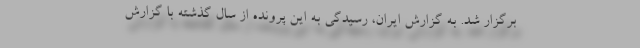
برگزار شد. به گزارش ایران، رسیدگی به این پرونده از سال گذشته با گزارش